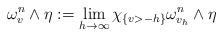
LaTeX: \begin{align*}\omega^n_v\wedge \eta:=\lim_{h\rightarrow \infty}\chi_{\{v>-h\}}\omega^n_{v_{h}}\wedge \eta\end{align*}